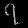
Digit: ၇